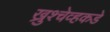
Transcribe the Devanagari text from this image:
ख्रुश्चेव्हकडे